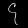
Digit: ၄